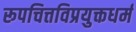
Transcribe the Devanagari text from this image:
रूपचित्तविप्रयुक्तधर्म